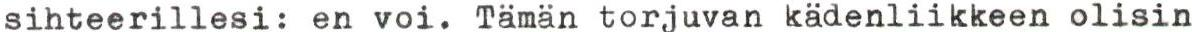
sihteerillesi: en voi. Tämän torjuvan kädenliikkeen olisin